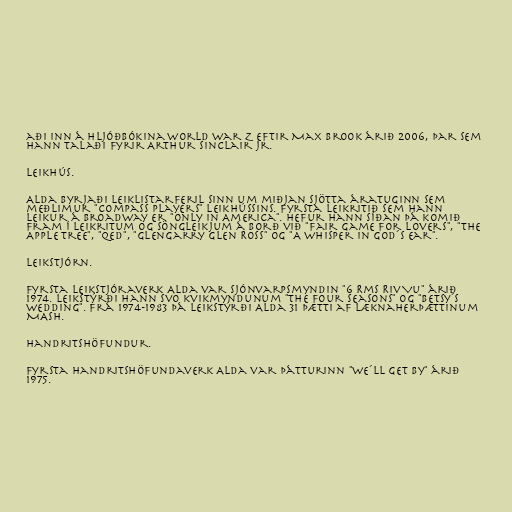
aði inn á hljóðbókina World War Z eftir Max Brook árið 2006, þar sem
hann talaði fyrir Arthur Sinclair Jr.

Leikhús.

Alda byrjaði leiklistarferil sinn um miðjan sjötta áratuginn sem
meðlimur "Compass Players" leikhússins. Fyrsta leikritið sem hann
leikur á Broadway er "Only in America". Hefur hann síðan þá komið
fram í leikritum og söngleikjum á borð við "Fair Game for Lovers", "The
Apple Tree", "QED", "Glengarry Glen Ross" og "A Whisper in God´s Ear".

Leikstjórn.

Fyrsta leikstjóraverk Alda var sjónvarpsmyndin "6 Rms Riv Vu" árið
1974. Leikstýrði hann svo kvikmyndunum "The Four Seasons" og "Betsy´s
Wedding". Frá 1974-1983 þá leikstýrði Alda 31 þætti af læknaherþættinum
MASH.

Handritshöfundur.

Fyrsta handritshöfundaverk Alda var þátturinn "We´ll Get By" árið
1975.